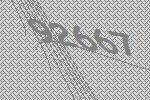
92667